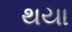
થયા